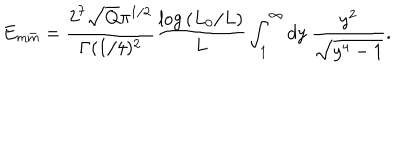
E _ { m \bar { m } } = { \frac { 2 ^ { 7 } \sqrt { Q } \pi ^ { 1 / 2 } } { \Gamma ( 1 / 4 ) ^ { 2 } } } { \frac { \log { ( L _ { 0 } / L ) } } { L } } \int _ { 1 } ^ { \infty } d y \ { \frac { y ^ { 2 } } { \sqrt { y ^ { 4 } - 1 } } } .